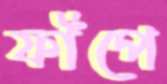
ফাঁপে